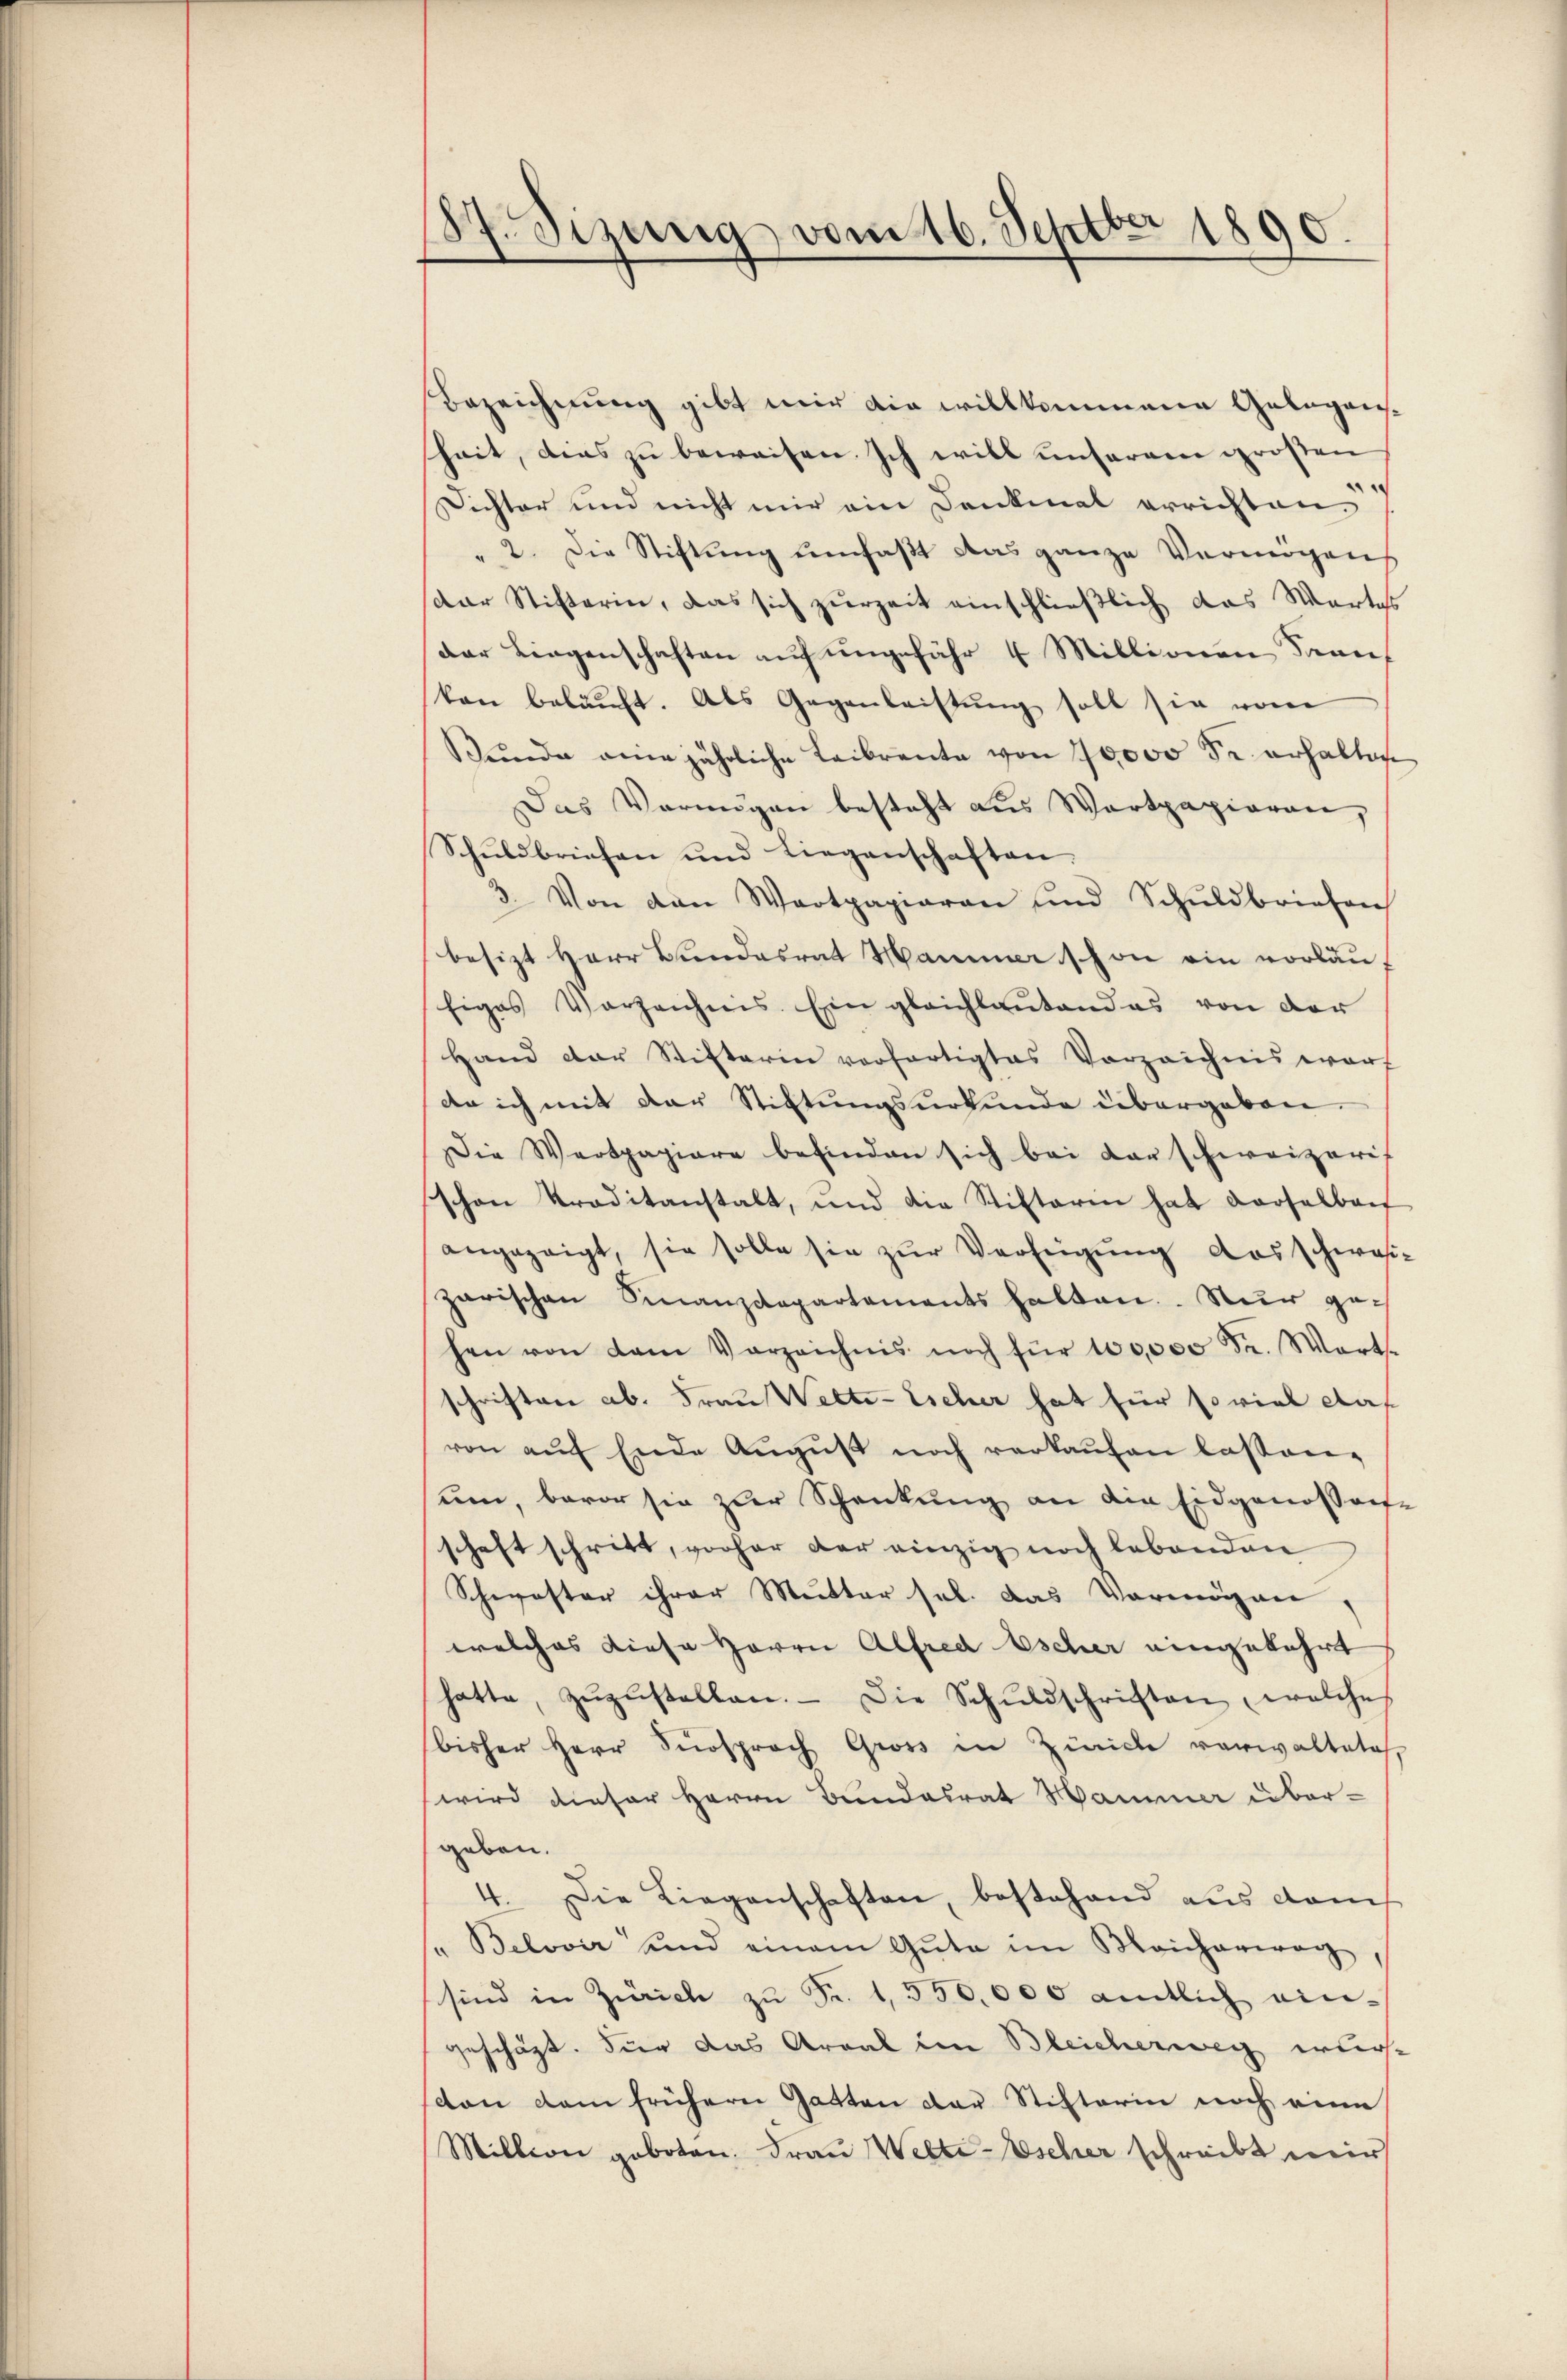
87. Sizung vom 16. Septbr 1890.
.

Bezeichnung gibt mir die willkommene Gelegansheit, dies zu beweisen. Ich will unserem großen
Dichter und nicht mir ein Denkmal errichten.
" 2. Die Stiftung umfaßt das ganze Vermögen
dar Stifterin, das sich zurzeit einschließlich das Wartes
Der Liegenschaften auf ungefähr 4 Millionen Tarif
kon belaŭft. Als Gegenleistŭng soll sie vom
Bŭnde eine jährliche Leibrente von 10000 Fr. erhalten
Das Vermögen besteht aus Wertpapieren,
Schuldbriefen und Liegenschaften.
3. Von den Wertpapieren und Schŭldbriefen
besizt Herr Bundesrat Hammer schon ein vorläu
figes Vorzeichnis. Ein gleichlautend es von der
Hand der Stifterin verfertigtes Vorzeichnis war
da ich mit der Stiftŭngsurkunde übergaben.
Die Wertpapiere befinden sich bei darschweizeris
schon Traditanstalt, und die Stiftarm hat derselbach
angezeigt, sie solle sie zŭr Verfeigung das schweizarischen Finanzdepartements halten. Nur gehen von dem Verzeichnis noch für 100,000 Fr. Wart-
schriften ab. Frau Wette-Escher hat für soviel das
von aŭf Ende Aŭgŭst noch verkaŭfen lastver-
sum, bevor sie zur Schenkung an die Eidgenossen-
schaft schritt, vorher der einzig noch lebenden
Schwester ihrer Mutter sel. das Vermögen,
welches diese Herrn Alfred Escher eingekehrt
hatte, zŭzŭstellen. Die Schŭldschriften, welche
bisher Herr Fürsprach Gross in Zürich vorwaltetes
wird dieser Herrn Bundesrat Hammer übergeben.
4. Die Liegenschaften, bestehend aus damit
" Belovir und einem Gŭte im Micharwog,
sind in Zürich zŭ Fr. 1350,000 amtlich eingeschäzt. Vier das Areal im Bleicherweg wurcon dem frühern Gatten der Stifterin noch eine
Million geboten. Frau Welti-Escher schreibt mir